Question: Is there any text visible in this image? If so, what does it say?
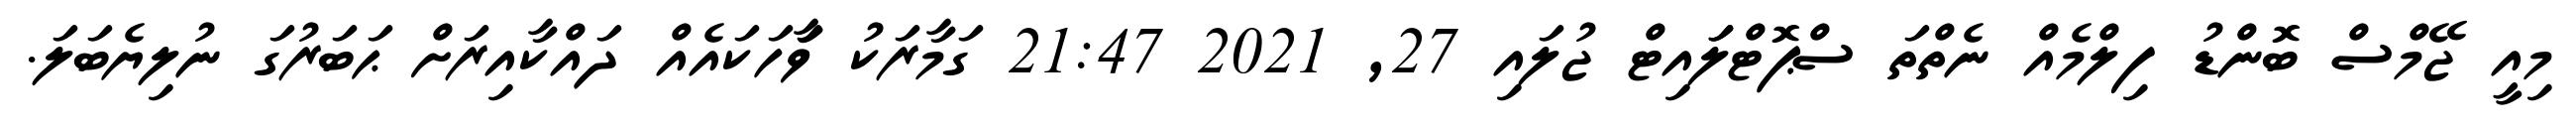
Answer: މިއީ ޖޭމްސް ބޮންޑު ފިލްމެއް ނެތްތަ ސްޕޮޓްލަައިޓް ޖުލައި 27, 2021 21:47 ގަމާރަކު ވާަހަކައެއް ދައްކާއިރަށް ޙަބަރުގަ ނުލިޔެބަލަ.